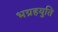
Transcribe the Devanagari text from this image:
भग्रहयुति